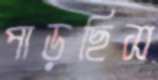
পাড়ছিস